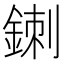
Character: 𲇐